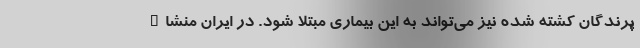
پرندگان کشته شده نیز می‌تواند به این بیماری مبتلا شود. در ایران منشاء